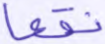
نقعا